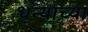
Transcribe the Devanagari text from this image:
धन्याच्या